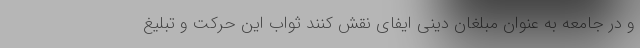
و در جامعه به عنوان مبلغان دینی ایفای نقش کنند ثواب این حرکت و تبلیغ